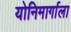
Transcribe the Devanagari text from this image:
योनिमार्गाला